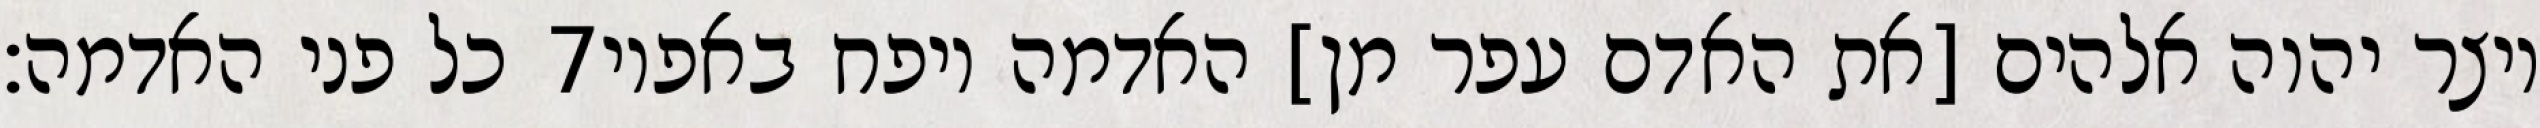
כל פני האדמה׃ ‎7‏ ויצר יהוה אלהים [את האדם עפר מן] האדמה ויפח באפיו